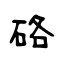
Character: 硌